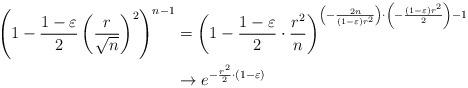
LaTeX: \begin{align*}\left(1-\frac{1-\varepsilon}2\left(\frac r{\sqrt n}\right)^2\right)^{n-1}&=\left(1-\frac{1-\varepsilon}2\cdot\frac{r^2}n\right)^{\left(-\frac{2n}{(1-\varepsilon)r^2}\right)\cdot\left(-\frac{(1-\varepsilon)r^2}2\right)-1}\\&\to e^{-\frac{r^2}2\cdot(1-\varepsilon)}\end{align*}